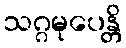
သဂ္ဂမုပေန္တိ